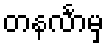
တနင်္လာမှ